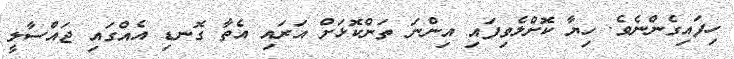
ހިފައިގެންނެވެ. ހިޔާ ކޮށްލެވިފައި އިންނަ ތަންކޮޅަށް އަރައި އެތާ ގޮނޑި އެއްގައި ޖައްސާލީ